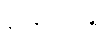
နာနုဘောန္တိ